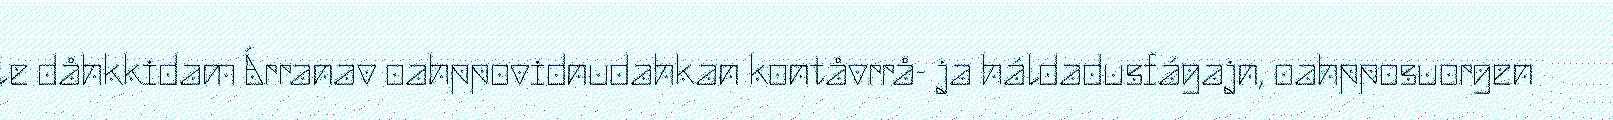
le dåhkkidam Árranav oahppovidnudahkan kontåvrrå- ja háldadusfágajn, oahpposuorgen